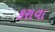
કરાવા